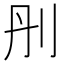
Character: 刐